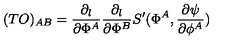
( T { \sl O } ) _ { A B } = { \frac { \partial _ { l } } { \partial \Phi ^ { A } } } { \frac { \partial _ { l } } { \partial \Phi ^ { B } } } S ^ { \prime } ( \Phi ^ { A } , { \frac { \partial \psi } { \partial \phi ^ { A } } } )